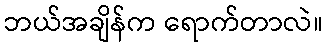
ဘယ်အချိန်က ရောက်တာလဲ။